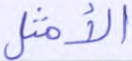
الأمثل